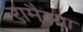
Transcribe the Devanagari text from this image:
रामैय्या